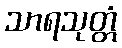
သာရသုတ္တံ